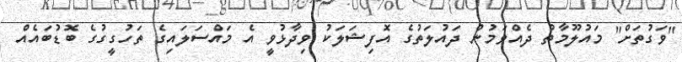
"ވަގުތަށް" މައުލޫމާތު ދެއްވަމުން ދައުލަތުގެ އޮފިޝަލަކު ވިދާޅުވީ އެ މައްސަލައިގެ ތަހުގީގުގެ ބޮޑުބައެއް